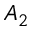
A _ { 2 }